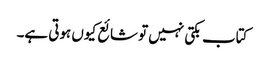
کتاب بکتی نہیں تو شائع کیوں ہوتی ہے۔